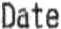
DATE